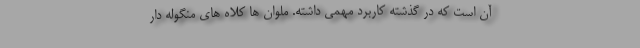
آن است که در گذشته کاربرد مهمی داشته. ملوان ها کلاه های منگوله دار